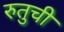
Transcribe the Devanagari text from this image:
रुतुची